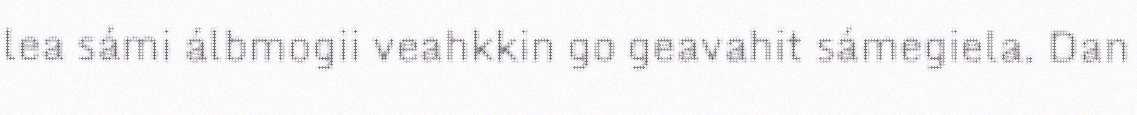
lea sámi álbmogii veahkkin go geavahit sámegiela. Dan